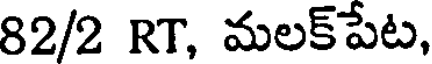
82/2 RT, మలక్పేట,